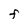
Character: F